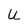
Character: U